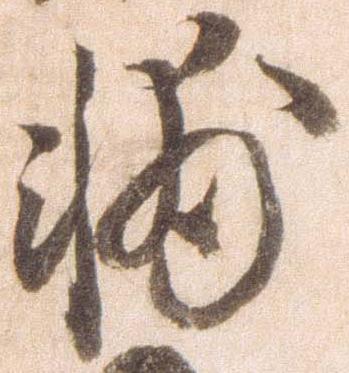
輔